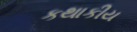
કથાકીય